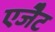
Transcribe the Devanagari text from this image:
एजैेट